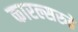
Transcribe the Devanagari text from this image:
कारल्सरुहे